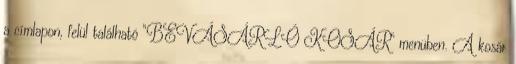
a címlapon, felül található “BEVÁSÁRLÓ KOSÁR” menüben. A kosár